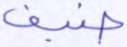
ضيف